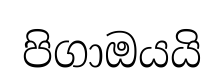
පිගාඔයයි